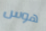
هوس